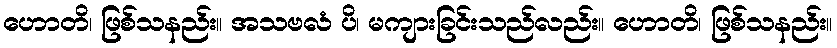
ဟောတိ၊ ဖြစ်သနည်း။ အသဗလံ ပိ၊ မကျားခြင်းသည်လည်း။ ဟောတိ၊ ဖြစ်သနည်း။